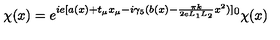
\chi ( x ) = e ^ { i e [ a ( x ) + t _ { \mu } x _ { \mu } - i \gamma _ { 5 } ( b ( x ) - \frac { \pi k } { 2 e L _ { 1 } L _ { 2 } } x ^ { 2 } ) ] } ^ { 0 } \chi ( x )